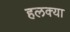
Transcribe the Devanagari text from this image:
हलक्‍या